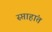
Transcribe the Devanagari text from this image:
स्प्ताहांत